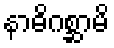
နာဓိဂစ္ဆာမိ